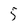
Character: 5